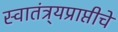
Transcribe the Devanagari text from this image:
स्वातंत्र्यप्राप्तीचे